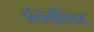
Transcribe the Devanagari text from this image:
डॉयनॉसियस